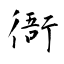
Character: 衙